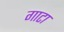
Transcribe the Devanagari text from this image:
गाटा